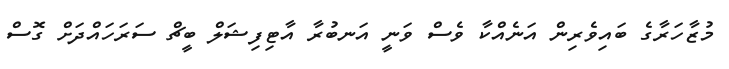
މުޒާހަރާގެ ބައިވެރިން އަނެއްކާ ވެސް ވަނީ އަނބުރާ އާޓިފިޝަލް ބީޗް ސަރަހައްދަށް ގޮސް